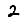
Digit: 2